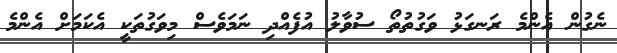
ނެގުން އެންމެ ރަނގަޅު ވަގުތުތޯ ސުވާލު އުފެއްދި ނަމަވެސް މިވަގުތަކީ އެކަމަށް އެންމެ